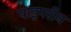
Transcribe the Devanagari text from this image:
पाइपरीन